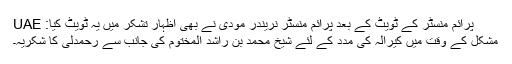
UAE پرائم منسٹر کے ٹویٹ کے بعد پرائم منسٹر نریندر مودی نے بھی اظہار تشکر میں یہ ٹویٹ کیا:
مشکل کے وقت میں کیرالہ کی مدد کے لئے شیخ محمد بن راشد المختوم کی جانب سے رحمدلی کا شکریہ۔